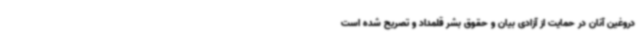
دروغین آنان در حمایت از آزادی بیان و حقوق بشر قلمداد و تصریح شده است